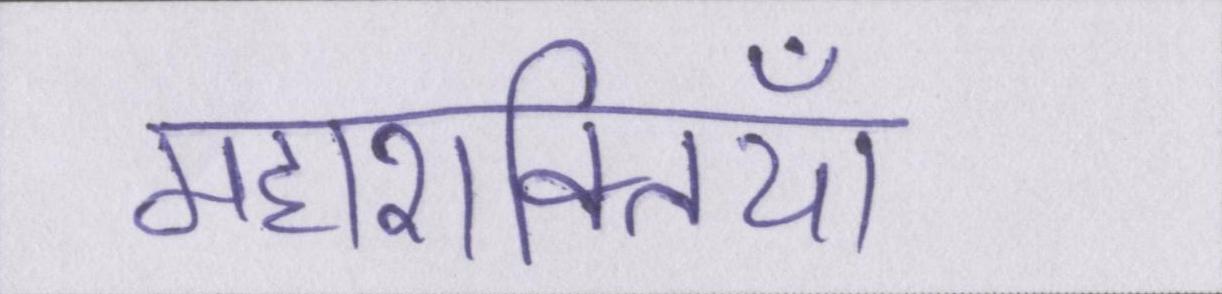
महाशक्तियां